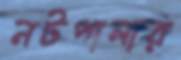
নটপালার